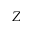
Z